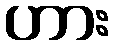
ဟား